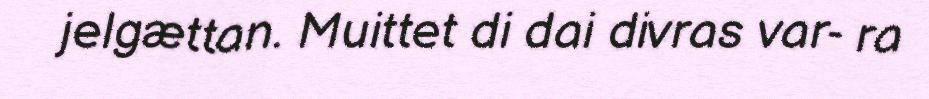
jelgættan. Muittet di dai divras var- ra